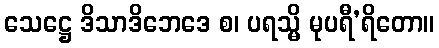
သေဋ္ဌေ ဒိသာဒိဘေဒေ စ၊ ပရသ္မိ မုပရီ’ရိတော။